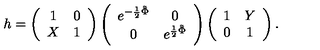
h = \left( \begin{array} { c c } { 1 } & { 0 } \\ { X } & { 1 } \\ \end{array} \right) \left( \begin{array} { c c } { e ^ { - \frac { 1 } { 2 } \tilde { \Phi } } } & { 0 } \\ { 0 } & { e ^ { \frac { 1 } { 2 } \tilde { \Phi } } } \\ \end{array} \right) \left( \begin{array} { c c } { 1 } & { Y } \\ { 0 } & { 1 } \\ \end{array} \right) .